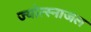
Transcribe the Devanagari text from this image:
ज्योत्स्नाजल